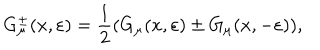
LaTeX: G _ { \mu } ^ { \pm } ( x , \varepsilon ) = \frac 1 2 ( G _ { \mu } ( x , \varepsilon ) \pm G _ { \mu } ( x , - \varepsilon ) ) ,